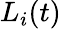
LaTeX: L_{i}(t)